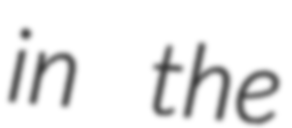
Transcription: in the